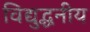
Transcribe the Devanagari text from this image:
विद्युद्धनीय